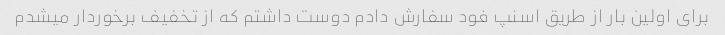
برای اولین بار از طریق اسنپ فود سفارش دادم دوست داشتم که از تخفیف برخوردار میشدم